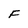
Character: F